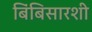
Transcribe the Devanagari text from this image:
बिंबिसारशी